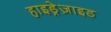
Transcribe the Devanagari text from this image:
हाइड्रेज़ाइड